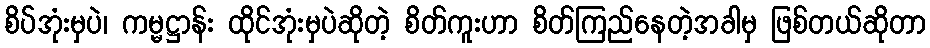
စိပ်အုံးမှပဲ၊ ကမ္မဋ္ဌာန်း ထိုင်အုံးမှပဲဆိုတဲ့ စိတ်ကူးဟာ စိတ်ကြည်နေတဲ့အခါမှ ဖြစ်တယ်ဆိုတာ